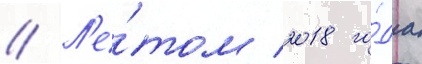
// Л'е́том 2018 го́да